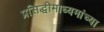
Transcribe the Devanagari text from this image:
प्रसिद्धीमाध्यमांच्या